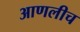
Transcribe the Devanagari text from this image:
आणलीच